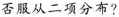
否服从二项分布?